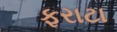
ફરાટા